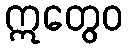
ဣတွေဝ